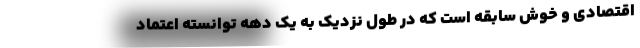
اقتصادی و خوش سابقه است که در طول نزدیک به یک دهه توانسته اعتماد